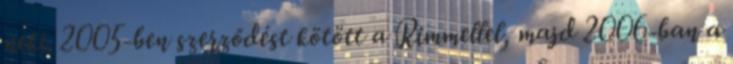
neki. 2005-ben szerződést kötött a Rimmellel, majd 2006-ban a